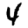
Digit: 4